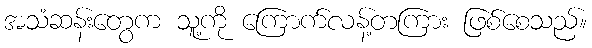
အသံဆန်းတွေက သူ့ကို ကြောက်လန့်တကြား ဖြစ်စေသည်။